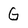
Character: G